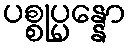
ပစ္စုပ္ပန္နော